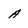
Character: A